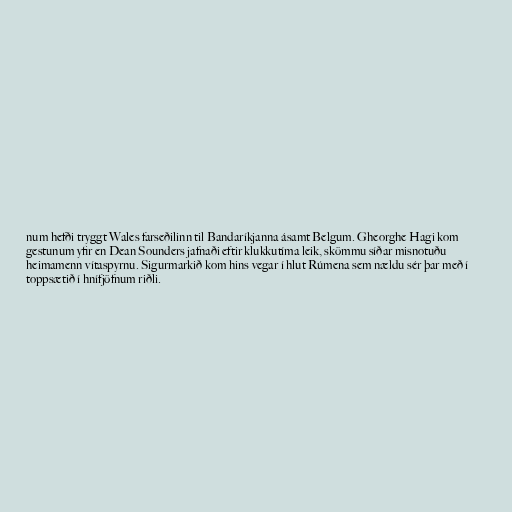
num hefði tryggt Wales farseðilinn til Bandaríkjanna ásamt Belgum. Gheorghe Hagi kom
gestunum yfir en Dean Sounders jafnaði eftir klukkutíma leik, skömmu síðar misnotuðu
heimamenn vítaspyrnu. Sigurmarkið kom hins vegar í hlut Rúmena sem nældu sér þar með í
toppsætið í hnífjöfnum riðli.